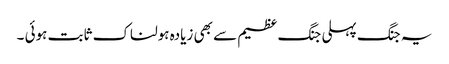
یہ جنگ پہلی جنگ عظیم سے بھی زیادہ ہولناک ثابت ہوئی ۔